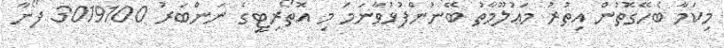
މިކަމާ ބެހޭގޮތުން އިތުރު މަޢުލޫމާތު ބޭނުންފުޅުވާނަމަ މި އޮތޯރިޓީގެ ނަންބަރު 3019100 ފޯނާ